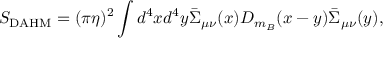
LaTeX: S _ { \mathrm { D A H M } } = ( \pi \eta ) ^ { 2 } \int d ^ { 4 } x d ^ { 4 } y \bar { \Sigma } _ { \mu \nu } ( x ) D _ { m _ { B } } ( x - y ) \bar { \Sigma } _ { \mu \nu } ( y ) ,